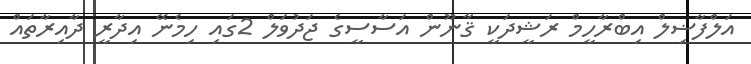
އަލްފާޟިލް އިބްރާހީމް ރަޝީދަކީ ޤާނޫން އަސާސީގެ ޖަދުވަލް 2ގައި ހިމެނޭ އިދާރީ ދާއިރާތައް